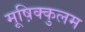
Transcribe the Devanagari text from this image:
मूष़िक्कुलम